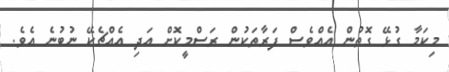
މިކަމާ ގުޅޭ ގޮތުން އެއްވެސް ފަރާތަކުން ރަސްމީކޮށް އަދި އެއްޗެކޭ ނުބުނެ އެވެ.